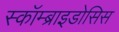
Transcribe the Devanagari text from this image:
स्कॉम्ब्राइडोसिस